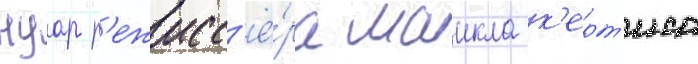
нуар р'ежисс'ё́ра маикла к'ерт'иса